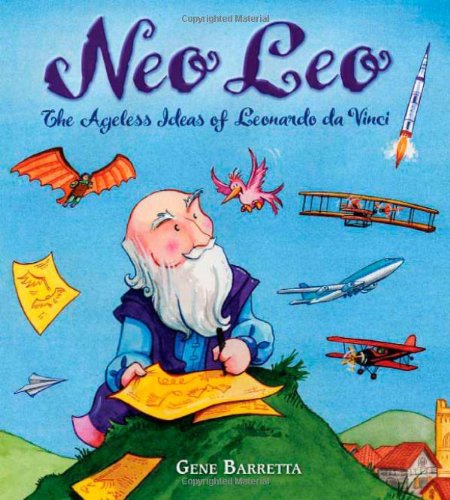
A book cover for Neo Leo: The Ageless Ideas of Leonardo da Vinci; Gene Barretta; Children's Books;